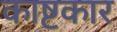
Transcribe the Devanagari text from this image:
काष्टकार